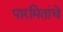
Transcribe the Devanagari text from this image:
पारमितांचे